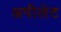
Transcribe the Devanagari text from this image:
अपीलेट